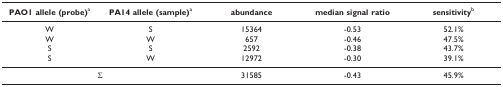
<table><thead><tr><td><b>PAO1 allele (probe)<sup>a</sup></b></td><td><b>PA14 allele (sample)<sup>a</sup></b></td><td><b>abundance</b></td><td><b>median signal ratio</b></td><td><b>sensitivity<sup>b</sup></b></td></tr></thead><tbody><tr><td>W</td><td>S</td><td>15364</td><td>-0.53</td><td>52.1%</td></tr><tr><td>W</td><td>W</td><td>657</td><td>-0.46</td><td>47.5%</td></tr><tr><td>S</td><td>S</td><td>2592</td><td>-0.38</td><td>43.7%</td></tr><tr><td>S</td><td>W</td><td>12972</td><td>-0.30</td><td>39.1%</td></tr><tr><td colspan="2">Σ</td><td>31585</td><td>-0.43</td><td>45.9%</td></tr></tbody></table>